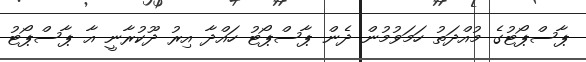
ޕާސްޕޯޓުގެ މުއްދަތު ހަމަވުމުން ދެން ޕާސްޕޯޓު ހައްދާ އިރު ދޫކުރާނީ އާ ޕާސްޕޯޓު